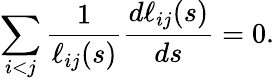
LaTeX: \sum_{i<j}\frac{1}{\ell_{ij}(s)}\frac{d\ell_{ij}(s)}{ds}=0.